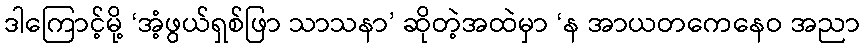
ဒါကြောင့်မို့ ‘အံ့ဖွယ်ရှစ်ဖြာ သာသနာ’ ဆိုတဲ့အထဲမှာ ‘န အာယတကေနေဝ အညာ